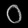
Digit: ၀